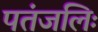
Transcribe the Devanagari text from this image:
पतंजलिः